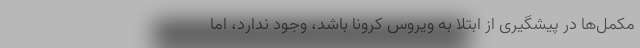
مکمل‌­ها در پیشگیری از ابتلا به ویروس کرونا باشد، وجود ندارد، اما